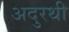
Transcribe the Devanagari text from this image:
अदुरथी